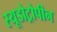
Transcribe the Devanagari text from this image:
स्यूडोट्रोपीन